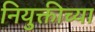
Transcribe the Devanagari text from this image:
नियुक्तीच्या